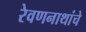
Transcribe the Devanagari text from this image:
रेवणनाथांचे